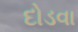
દોડવા